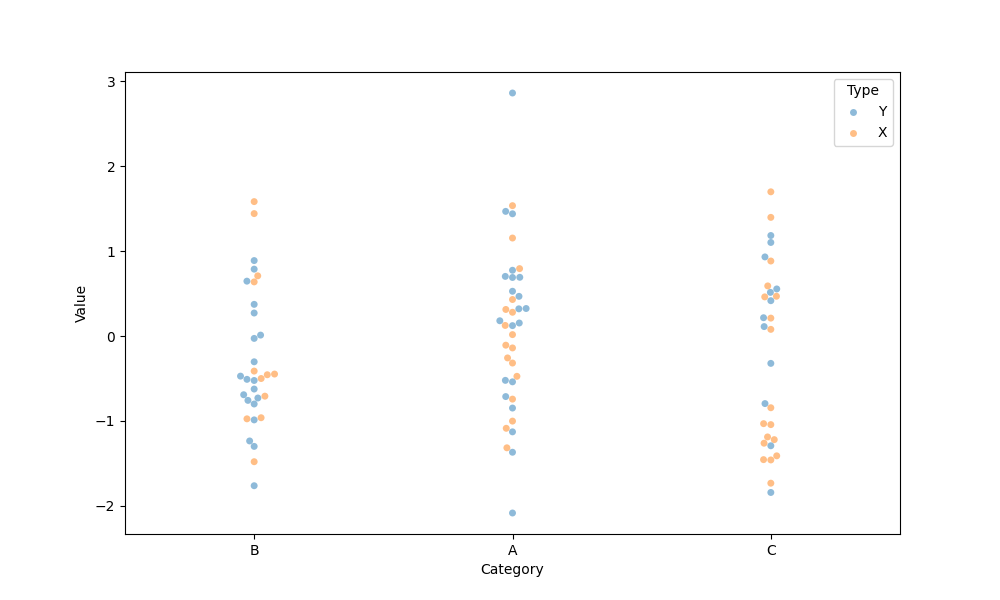
python, seaborn, swarmplot, dodge=False, alpha=0.5, size=5